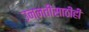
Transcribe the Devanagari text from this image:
उन्नतीसाठीही